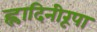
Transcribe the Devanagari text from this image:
ह्लादिनीरूपा